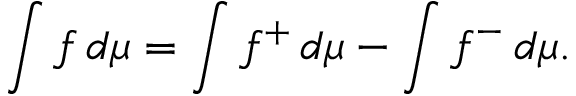
\int f \, d \mu = \int f ^ { + } \, d \mu - \int f ^ { - } \, d \mu .